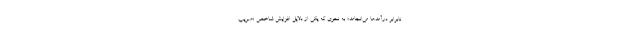
نابرابر درآمدها می‌انجامد؛ به نحوی که یکی از دلایل افزایش شاخص «ضریب